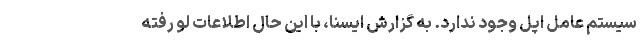
سیستم عامل اپل وجود ندارد. به گزارش ایسنا، با این حال اطلاعات لو رفته